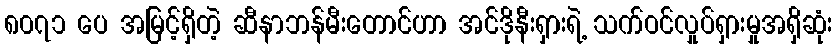
၈၀၇၁ ပေ အမြင့်ရှိတဲ့ ဆီနာဘန်မီးတောင်ဟာ အင်ဒိုနီးရှားရဲ့ သက်ဝင်လှုပ်ရှားမှုအရှိဆုံး